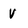
Character: v